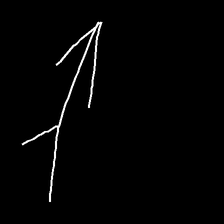
Glyph: gather